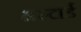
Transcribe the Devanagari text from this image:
मस्टार्ड